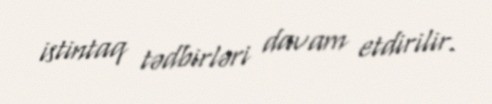
istintaq tədbirləri davam etdirilir.